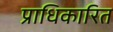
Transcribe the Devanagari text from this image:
प्राधिकारित